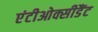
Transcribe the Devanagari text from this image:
एंटीओक्सीडैंट